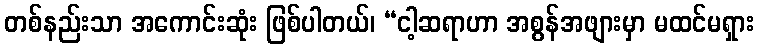
တစ်နည်းသာ အကောင်းဆုံး ဖြစ်ပါတယ်၊ “ငါ့ဆရာဟာ အစွန်အဖျားမှာ မထင်မရှား